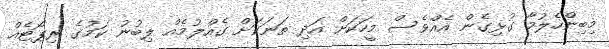
މިބިންހެލުމާ ގުޅިގެން އެއްވެސް މީހަކަށް އަދި ތަނަކަށް ގެއްލުމެއް ލިބުނު ކަމުގެ ރިޕޯޓެއް